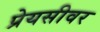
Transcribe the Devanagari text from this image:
प्रेयसीवर